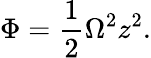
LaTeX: \Phi=\frac{1}{2}\Omega^{2}z^{2}.